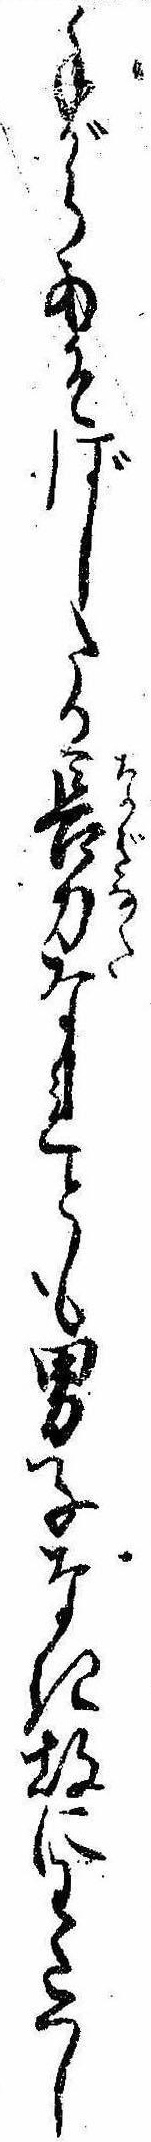
手がらあそばしたる長刀なれとも男子なき故にわたくし